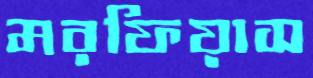
মরফিয়াস